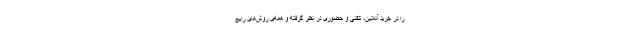
را در خرید آنلاین، تلفنی و حضوری در نظر گرفته و همه‌ی روش‌های رایج